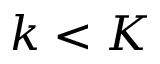
k < K